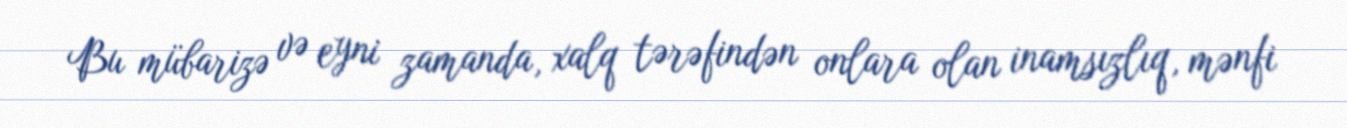
Bu mübarizə və eyni zamanda, xalq tərəfindən onlara olan inamsızlıq, mənfi